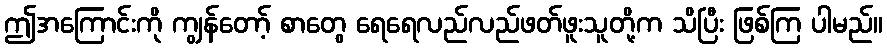
ဤအကြောင်းကို ကျွန်တော့် စာတွေ ရေရေလည်လည်ဖတ်ဖူးသူတို့က သိပြီး ဖြစ်ကြ ပါမည်။